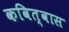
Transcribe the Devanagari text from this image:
कवित्वास